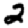
Digit: 2